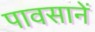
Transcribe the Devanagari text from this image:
पावसानें